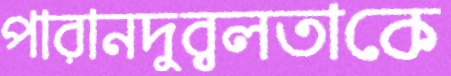
পারানদুর্বলতাকে